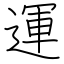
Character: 運